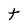
Character: t